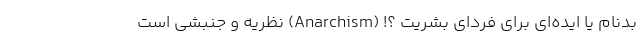
بدنام یا ایده‌ای برای فردای بشریت ؟! (Anarchism) نظریه و جنبشی است